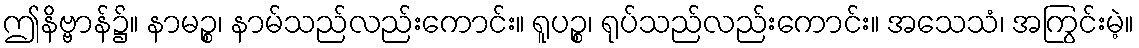
ဤနိဗ္ဗာန်၌။ နာမဉ္စ၊ နာမ်သည်လည်းကောင်း။ ရူပဉ္စ၊ ရုပ်သည်လည်းကောင်း။ အသေသံ၊ အကြွင်းမဲ့။